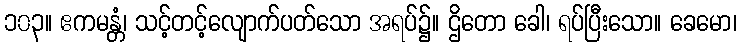
၁၀၃။ ဧကမန္တံ၊ သင့်တင့်လျောက်ပတ်သော အရပ်၌။ ဌိတော ခေါ၊ ရပ်ပြီးသော။ ခေမော၊